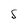
Character: S